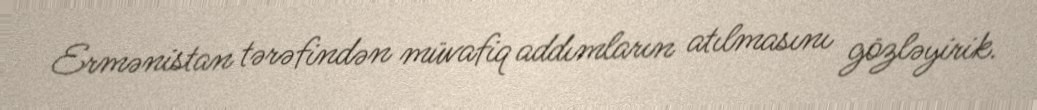
Ermənistan tərəfindən müvafiq addımların atılmasını gözləyirik.